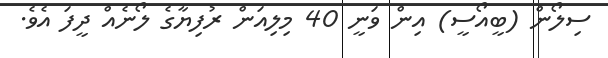
ސިލޯން (ބީއޯސީ) އިން ވަނީ 40 މިލިއަން ރުފިޔާގެ ލޯނެއް ދީފަ އެވެ.